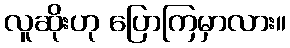
လူဆိုးဟု ပြောကြမှာလား။